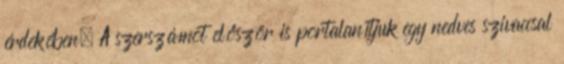
érdekében. A szerszámot először is portalanítjuk egy nedves szivaccsal